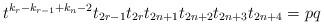
LaTeX: \begin{align*}t^{k_r-k_{r-1}+k_n-2}t_{2r-1}t_{2r}t_{2n+1}t_{2n+2}t_{2n+3}t_{2n+4}=pq\end{align*}